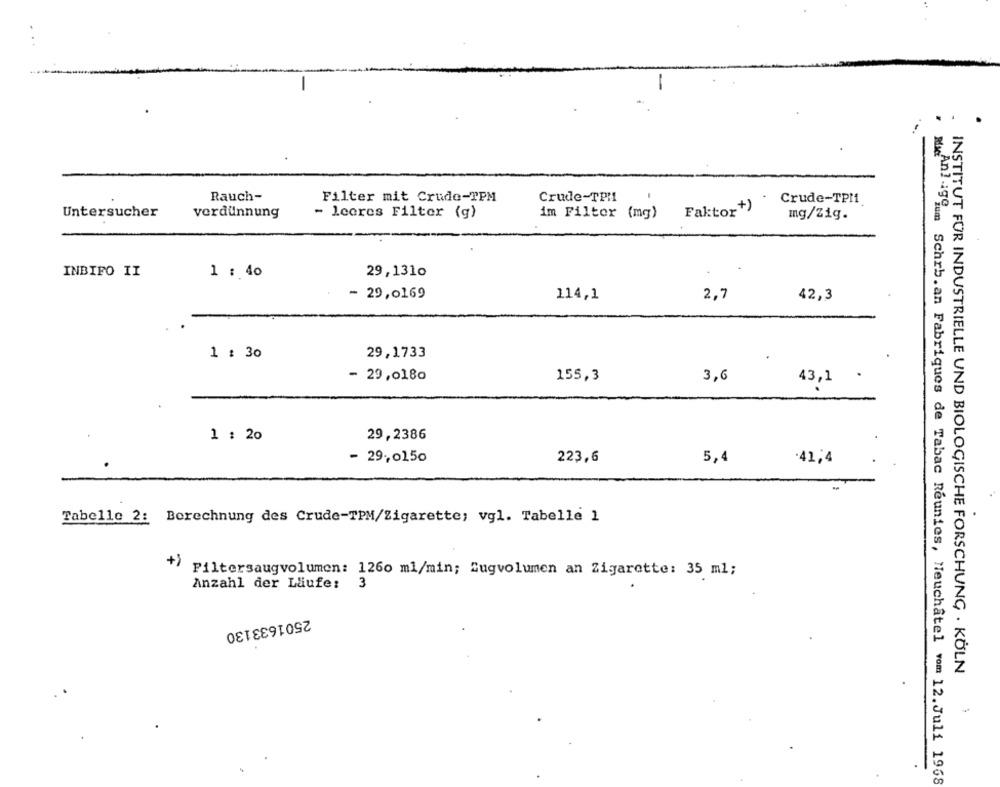
Rauch-
Filter mit Crude-TPM
Crude-TPHI
Crude-TPM1.
Untersucher
Faktor+)
verdünnung
- leeres Filter (g)
im Filter (mg)
mg/Zig.
INBIFO II
1 : 40
29,1310
- 29,0169
114,1
2,7
42,3
1 : 30
29,1733
- 29,0180
155,3
3,6
43,1
1 : 20
29,2386
- 29,0150
223,6
5,4
-41,4
Tabelle 2: Berechnung des Crude-TPM/Zigarette; vgl. Tabelle 1
Filtersaugvolumen: 1260 ml/min; Zugvolumen an Zigarette: 35 ml;
Anzahl der Läufe:
3
2501633130
INSTITUT FÜR INDUSTRIELLE UND BIOLOGISCHE FORSCHUNG . KÖLN
Max:Anum Schrb.an Fabriques de Tabac Reunies, Neuchâtel vom 12. Juli 1968